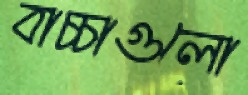
বাচ্চাগুলো